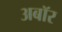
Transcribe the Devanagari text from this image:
अबॉर